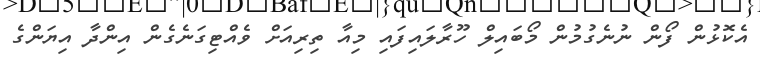
އެކޮޅުން ފޯން ނުނެގުމުން މޯބައިލް ހޫރާލައިފައި މިއާ ތިރިއަށް ވެއްޓިގަނެގެން އިންދާ އިޔަންގެ